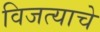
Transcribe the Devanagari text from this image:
विजत्याचे